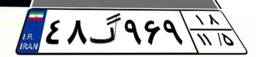
۴۸گ۹۶۹۱۸